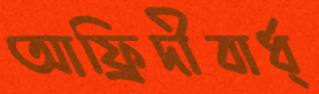
আফ্রিদীবার্ধ্